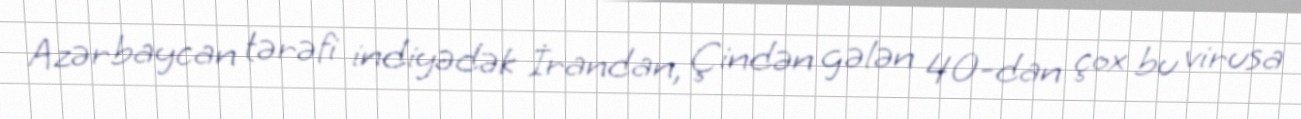
Azərbaycan tərəfi indiyədək İrandan, Çindən gələn 40-dan çox bu virusa